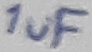
Text: 1uF